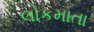
લોકમાતા